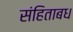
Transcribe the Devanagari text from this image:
संहिताबध